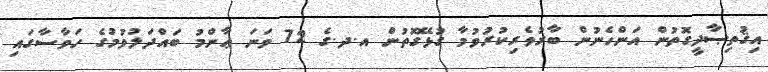
އިޤުތިޞާދީގޮތުން އަންހެނުން ބާރުވެރިކުރުވުމާ ގުޅޭގޮތުން އ.ދ.ގެ 72 ވަނަ ޢާންމު ބައްދަލުވުމުގެ ހަވާސާގައި